Report on vaccination in Madras 1895-1903 - 1895-1903
Year: 1895
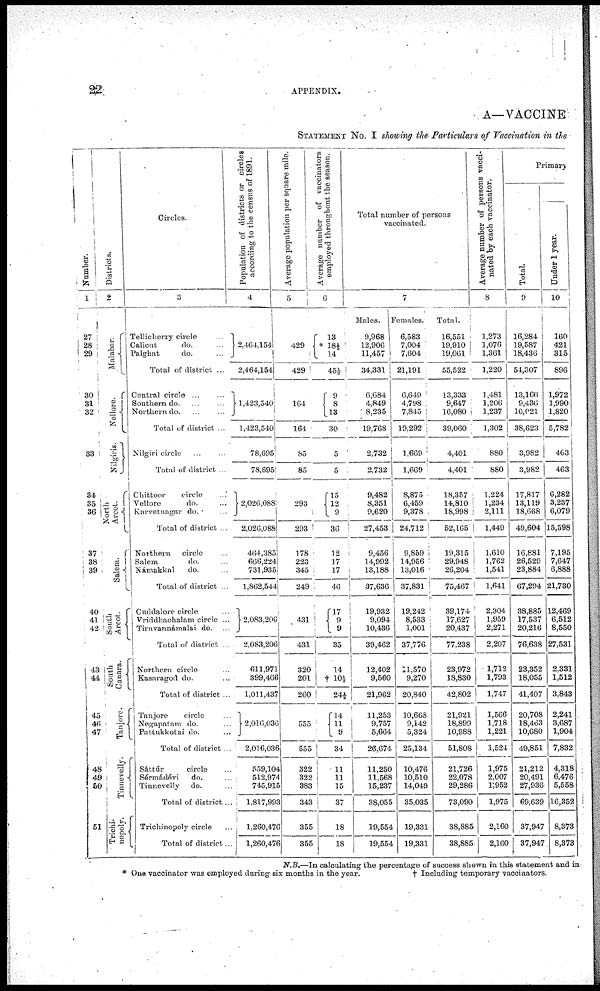
22
.
APPENDIX.
A—VACCINE
STATEMENT No. I showing the Particulars of Vaccination in the
Number.
1
27
28
29
30
31
32
33
34
35
36
37
38
39
40
41
42
43
44
45
46
47
48
49
60
51
Districts.
2
Malabar.
Nellore.
Nilgiris.
North
Arcot.
Salem.
South
Arcot.
South
Canara.
Tanjore.
Tinnevelly.
Trichi-
nopoly.
Circles.
3
Tellicherry circle...
Calicut
do. ...
Palghat
do. ...
Total of district ...
Central
circle... ...
Southern do. ... ...
Northern do. ... ...
Total of district ...
Nilgiri circle... ...
Total of district ...
Chittoor circle...
Vellore
do. ...
Karvetnagar do. ...
Total of district ...
Northern circle ...
Salem
do. ...
Námakkal
do. ...
Total of district ...
Cuddalore circle ...
Vriddhachalam circle ...
Tiruvannámalai do. ...
Total of district ...
Northern circle...
Kasaragod do.
...
Total of district ...
Tanjore circle...
Negapatam do. ...
Pattukkotai do. ...
Total of district ...
Sáttúr
circle ...
Sérmádévi
do. ...
Tinnevelly do. ...
Total of district....
Trichinopoly circle
...
Total of district...
Population of districts or circles
according to the census of 1891.
4
2,404,154
2,464,154
1,423,540
1,423,540
78,695
78,695
2,026,088
2,026,088
464,385
666,224
731,935
1,862,544
2,083,206
2,083,206
611,971
399,466
1,011,437
2,016,036
2,016,036
559,104
512,974
745,915
1,817,993
1,260,476
1,260,476
Average population per square mile.
5
429
429
164
164
85
85
293
293
178
223
345
249
431
431
320
201
260
555
555
322
322
383
343
355
355
Average number of vaccinators
employed throughout the season.
6
13
*18½
14
45½
9
8
13
30
5
5
15
12
9
36
12
17
17
46
17
9
9
35
14
† 10½
24½
14
11
9
34
11
11
15
37
18
18
Total number of persons
vaccinated.
Males.
9,968
12,906
11,457
34,331
6,684
4,849
8,235
19,768
2,732
2,732
9,482
8,351
9,620
27,453
9,456
14,992
13,188
37,636
19,932
9,094
10,436
39,462
12,402
9,560
21,962
11,253
9,757
5,664
26,674
11,250
11,568
15,237
38,055
19,554
19,554
7
Females.
6,583
7,004
7,604
21,191
6,649
4,798
7,845
19,292
1,669
1,669
8,875
6,459
9,378
24,712
9,859
14,956
13,016
37,831
19,242
8,533
1,001
37,776
11,570
9,270
20,840
10,663
9,142
5,324
25,134
10,476
10,510
14,049
35,035
19,331
19,331
Total.
16,551
19,910
19,061
55,522
13,333
9,647
16,080
39,060
4,401
4,401
18,357
14,810
18,998
52,165
19,315
29,948
26,204
75,467
39,174
17,627
20,437
77,238
23,972
18,830
42,802
21,921
18,899
10,988
51,808
21,726
22,078
29,286
73,090
38,885
38,885
Average number of persons vacci-
nated by each vaccinator.
8
1,273
1,076
1,361
1,220
1,481
1,206
1,237
1,302
880
880
1,224
1,234
2,111
1,449
1,610
1,762
1,541
1,641
2,304
1,959
2,271
2,207
1,712
1,793
1,747
1,566
1,718
1,221
1,524
1,975
2,007
1,952
1,975
2,160
2,160
Primary
Total.
9
16,284
19,587
18,436
54,307
13,166
9,436
16,021
38,623
3,982
3,982
17,817
13,119
18,668
49,604
16,881
26,529
23,884
67,294
38,885
17,537
20,216
76,638
23,352
18,055
41,407
20,708
18,463
10,680
49,851
21,212
20,491
27,936
69,639
37,947
37,947
Under 1 year.
10
160
421
315
896
1,972
1,990
1,820
5,782
463
463
6,282
3,237
6,079
15,598
7,195
7,647
6,888
21,730
12,469
6,512
8,550
27,531
2,331
1,512
3,843
2,241
3,687
1,904
7,832
4,318
6,476
5,558
16,352
8,373
8,373
N.B.—In calculating the percentage of success shown in this statement and in
* One vaccinator was employed during six months in the year.
† Including temporary vaccinators.